V__Kingissepa_nim__kolhoos, lk 45
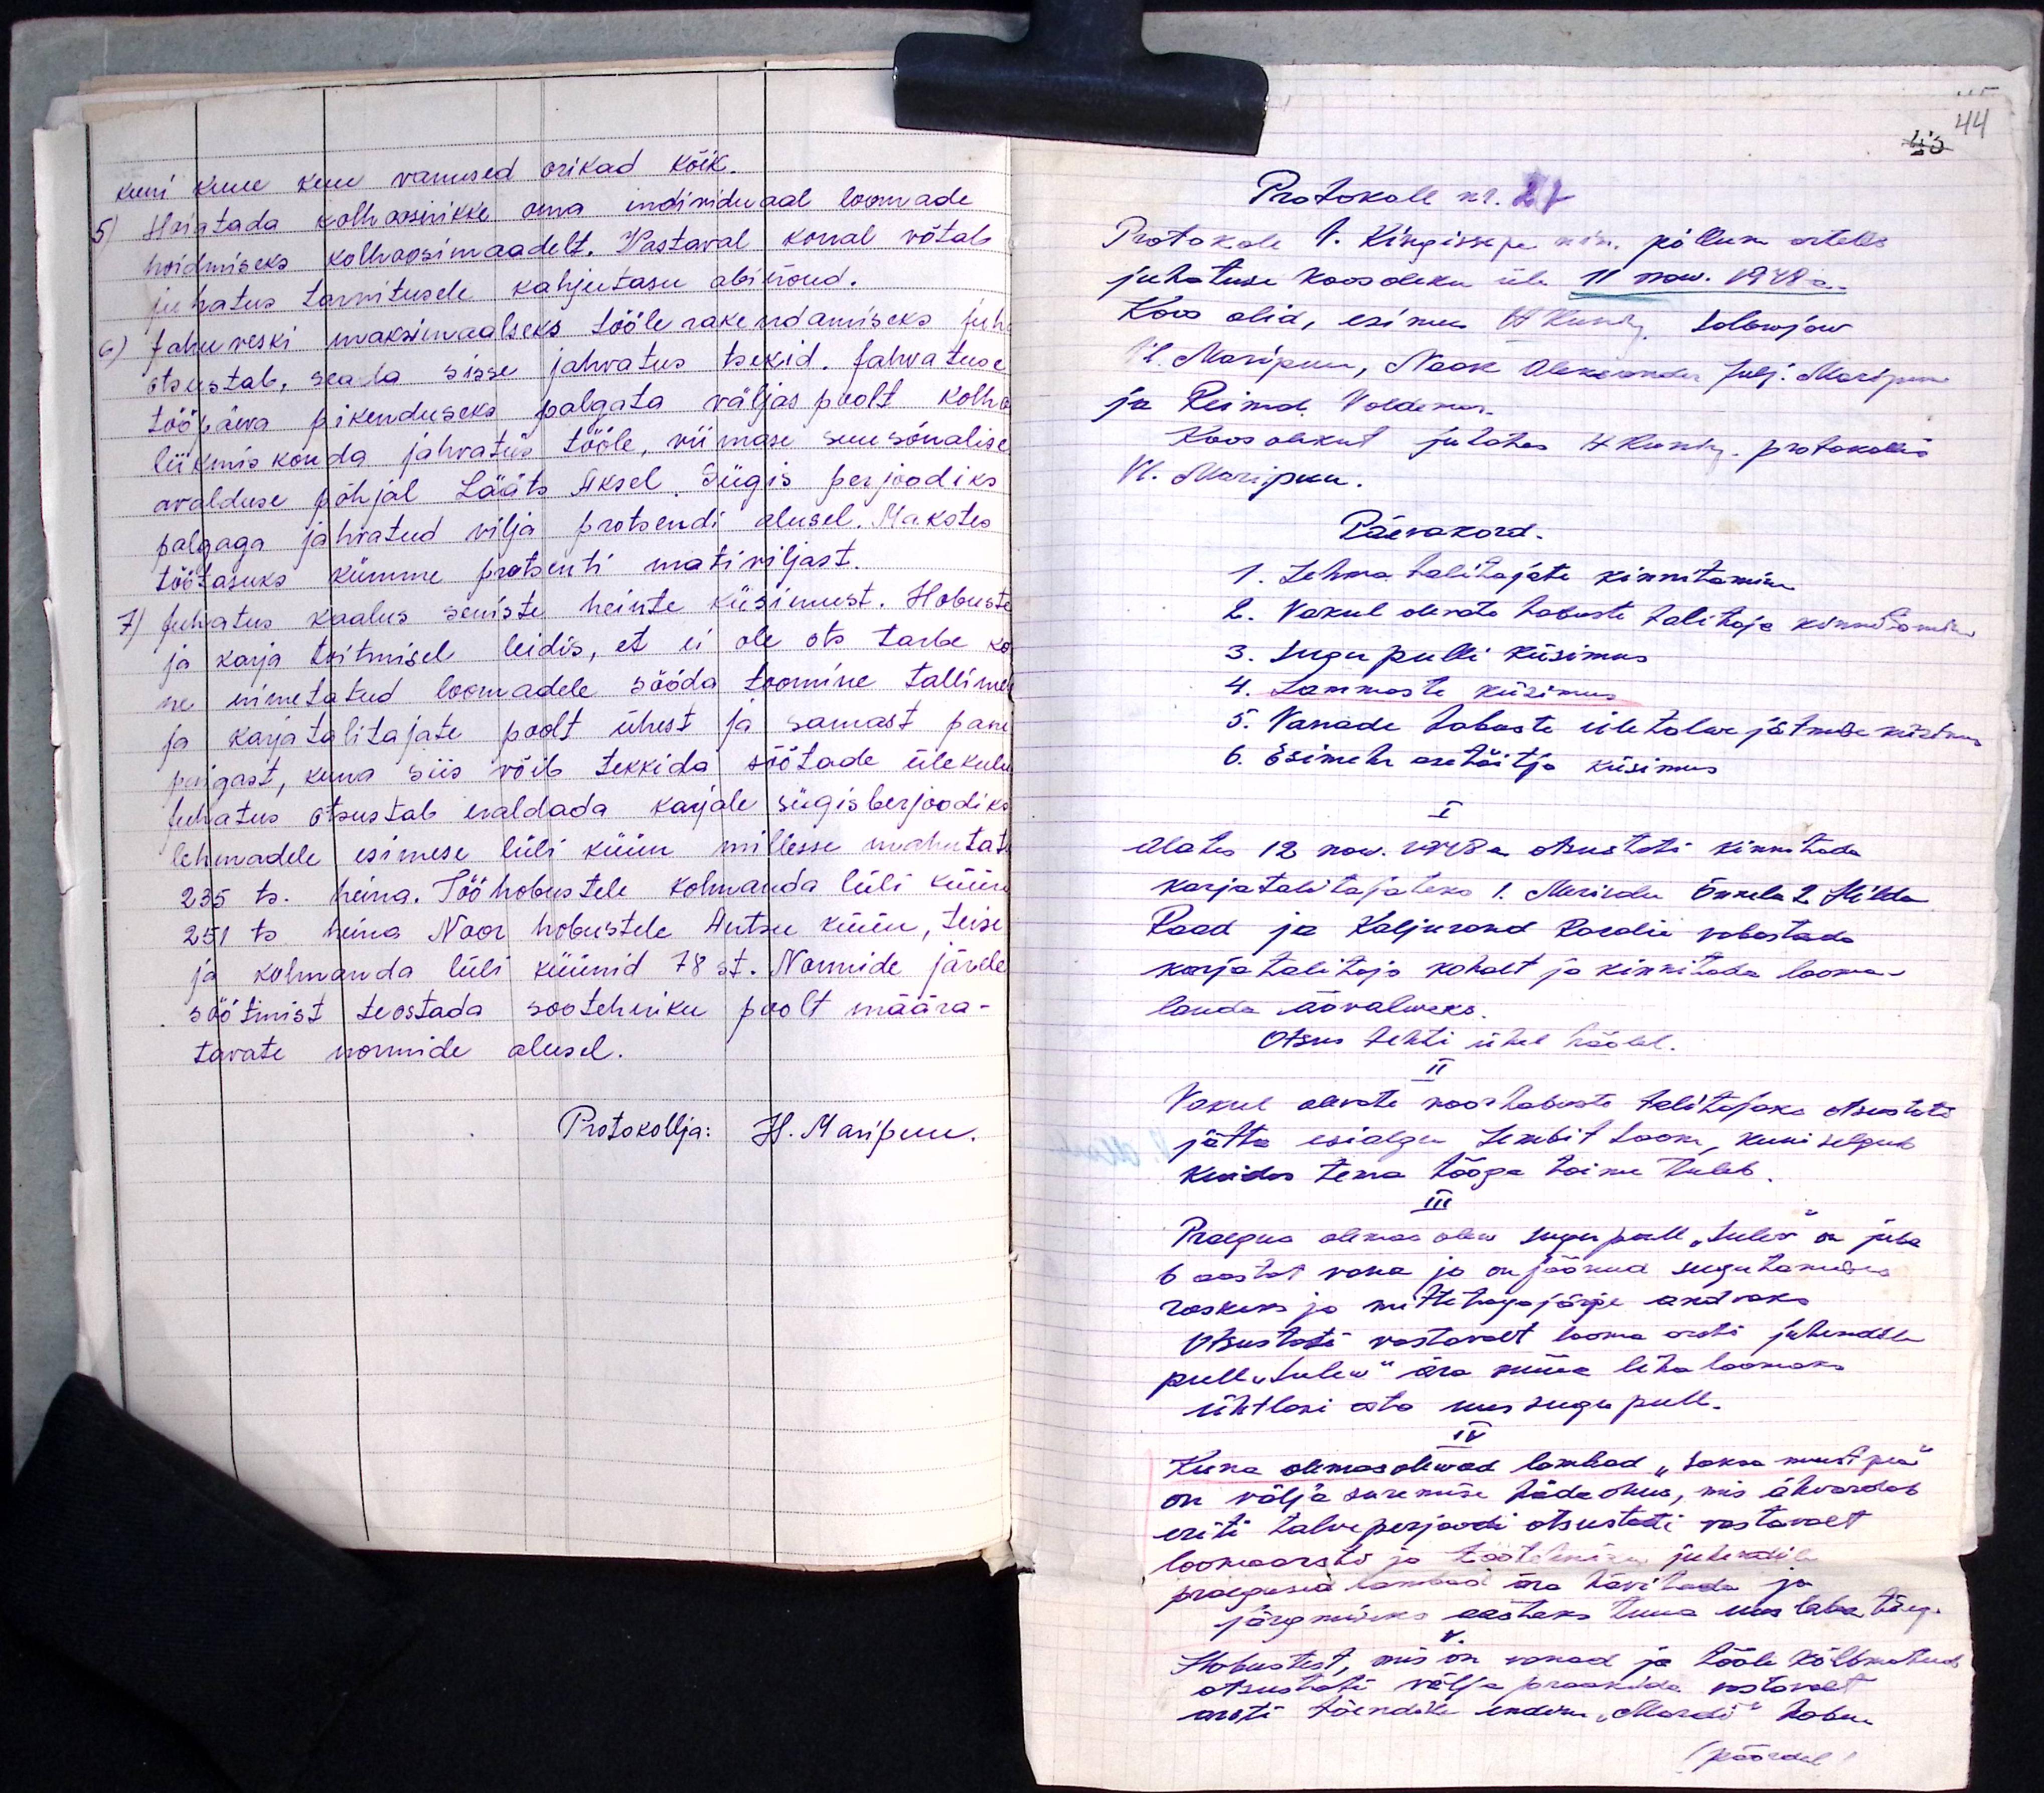
kuni kuue kuu vanused orikad kõik.
6) Hoiatada kolhoosnikke oma individuaal loomade
hoidmiseks kolhoosimaadelt. Vastaval korral võtab
juhatus tarvitusele kahjutasu abinõud.
6) Jahu veski maksimaalseks tööle rakendamiseks juh
otsustab, seada sisse jahvatus tsekid. Jahvatuse
tööpäeva pikenduseks palgata väljas poolt kolho
liikmis konda jahvatus tööle, viimase suusõnalise
avalduse põhjal Lääts Aksel Sügis perjoodiks
palgaga jahvatud vilja protsendi alusel. Makstes
töötasuks kümme protsenti mativiljast
7) Juhatus kaalus seniste heinte küsimust. Hobuste
ja karja toitmisel leidis, et ei ole ots tarbe ko
ne nimetatud loomadele sööda toomine tallime
ja karjatalitajate poolt ühest ja samast pani
paigast, kuna siis võib tekkida söötade ülekulu
juhatus otsustab eraldada karjale sügisberjoodiks
lehmadele esimese lüli küün millesse mahutati
235 ts. heina. Töö hobustele kolmanda lüli küün
251 ts heina Noor hobustele Antsu küün, teise
ja kolmanda lüli küünid 78 st. Normide järele
söötmist teostada sootehniku poolt määra-
tavate normide alusel.
Protokollja: H. Maripuu.

Protokoll nr. 27
Protokoll V. Kingissepa nim. põllum artellis
juhatuse koosoleku üle 11 now. 1948a.
Koos olid, esimees H. Kuning, Solowjow,
Vl. Maripuu, Naak Aleksander Julj. Maripuu
ja Reimal, Voldemar.
Koosolekut juhatas H. Kuning protokollis
Vl. Maripuu.
Päevakord.
1. Lehma talitajate kinnitamine
2. Vakul olevate hobuste talitaja kinnitamine
3. Sugu pulli küsimus
4. Lammaste küsimus
5. Vanade hobuste ületalwe jätmise küsimus
6. Esimehe asetäitja küsimus
I
Alates 12 nov. 1918 a. otsustati kinnitada
karjatalitajateks 1. Merilda Õnnela 2 Hilda
Rood ja Kaljurand Rosalie vabastada
karjatalitaja kohalt ja kinnitada looma-
lauda öövalweks.
Otsus tehti ühel häälel.
II
Vakul olevate noor hobuste talitajaks otsustati
jätta esialgu Lembit Loone, kuni selgub
Kuidas tema tööga toime tuleb.
III
Praegus olemas olew sugupull "Sulev" on juba
6 aastat vana ja on jäänud sugutamises
raskeks ja mittetagajärgi andvaks
Otsustati vastavalt loomaarsti juhendile
pull "Sulew" ära müüa liha loomaks
ühtlasi osta uus sugu pull.
IV
Kuna olemas olewad lambad "Saksa mustpea"
on välja suremise hädaohus, mis ähvardab
eriti talveperjoodi otsustati vastavalt
loomaarsti ja töötehniku juhatusil
praegused lambad ära hävitada ja
järgmiks aastaks tuua uus lamba tõug.
Hobustest, mis on vanad ja tööle kõlbmatud.
otsustati välja praakida vastavalt
arsti tõendile endise "Mardi" hobu.
(pöördel